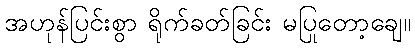
အဟုန်ပြင်းစွာ ရိုက်ခတ်ခြင်း မပြုတော့ချေ။